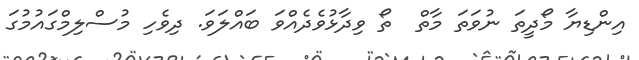
އިންޑިޔާ މޯދީތަ ނުވަތަ މާތް  ތޯ ވިދާޅުވެދެއްވަ ބައްލަވަ. ދިވެހި މުސްލިމްގައުމުގަ